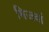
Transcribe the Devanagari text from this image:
भिजवां